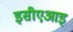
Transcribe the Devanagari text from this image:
इसीएआइ